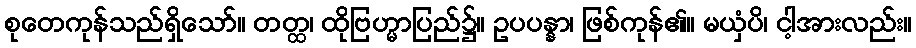
စုတေကုန်သည်ရှိသော်။ တတ္ထ၊ ထိုဗြဟ္မာပြည်၌။ ဥပပန္နာ၊ ဖြစ်ကုန်၏။ မယှံပိ၊ ငါ့အားလည်း။